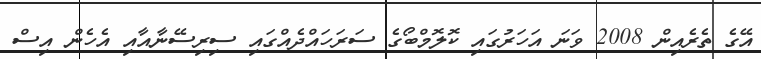
އޭގެ ތެރެއިން 2008 ވަނަ އަހަރުގައި ކޮލޮމްބޯގެ ސަރަހައްދެއްގައި ސިރިސޭނާއާއި އެހެން އިސް